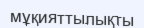
мұқияттылықты